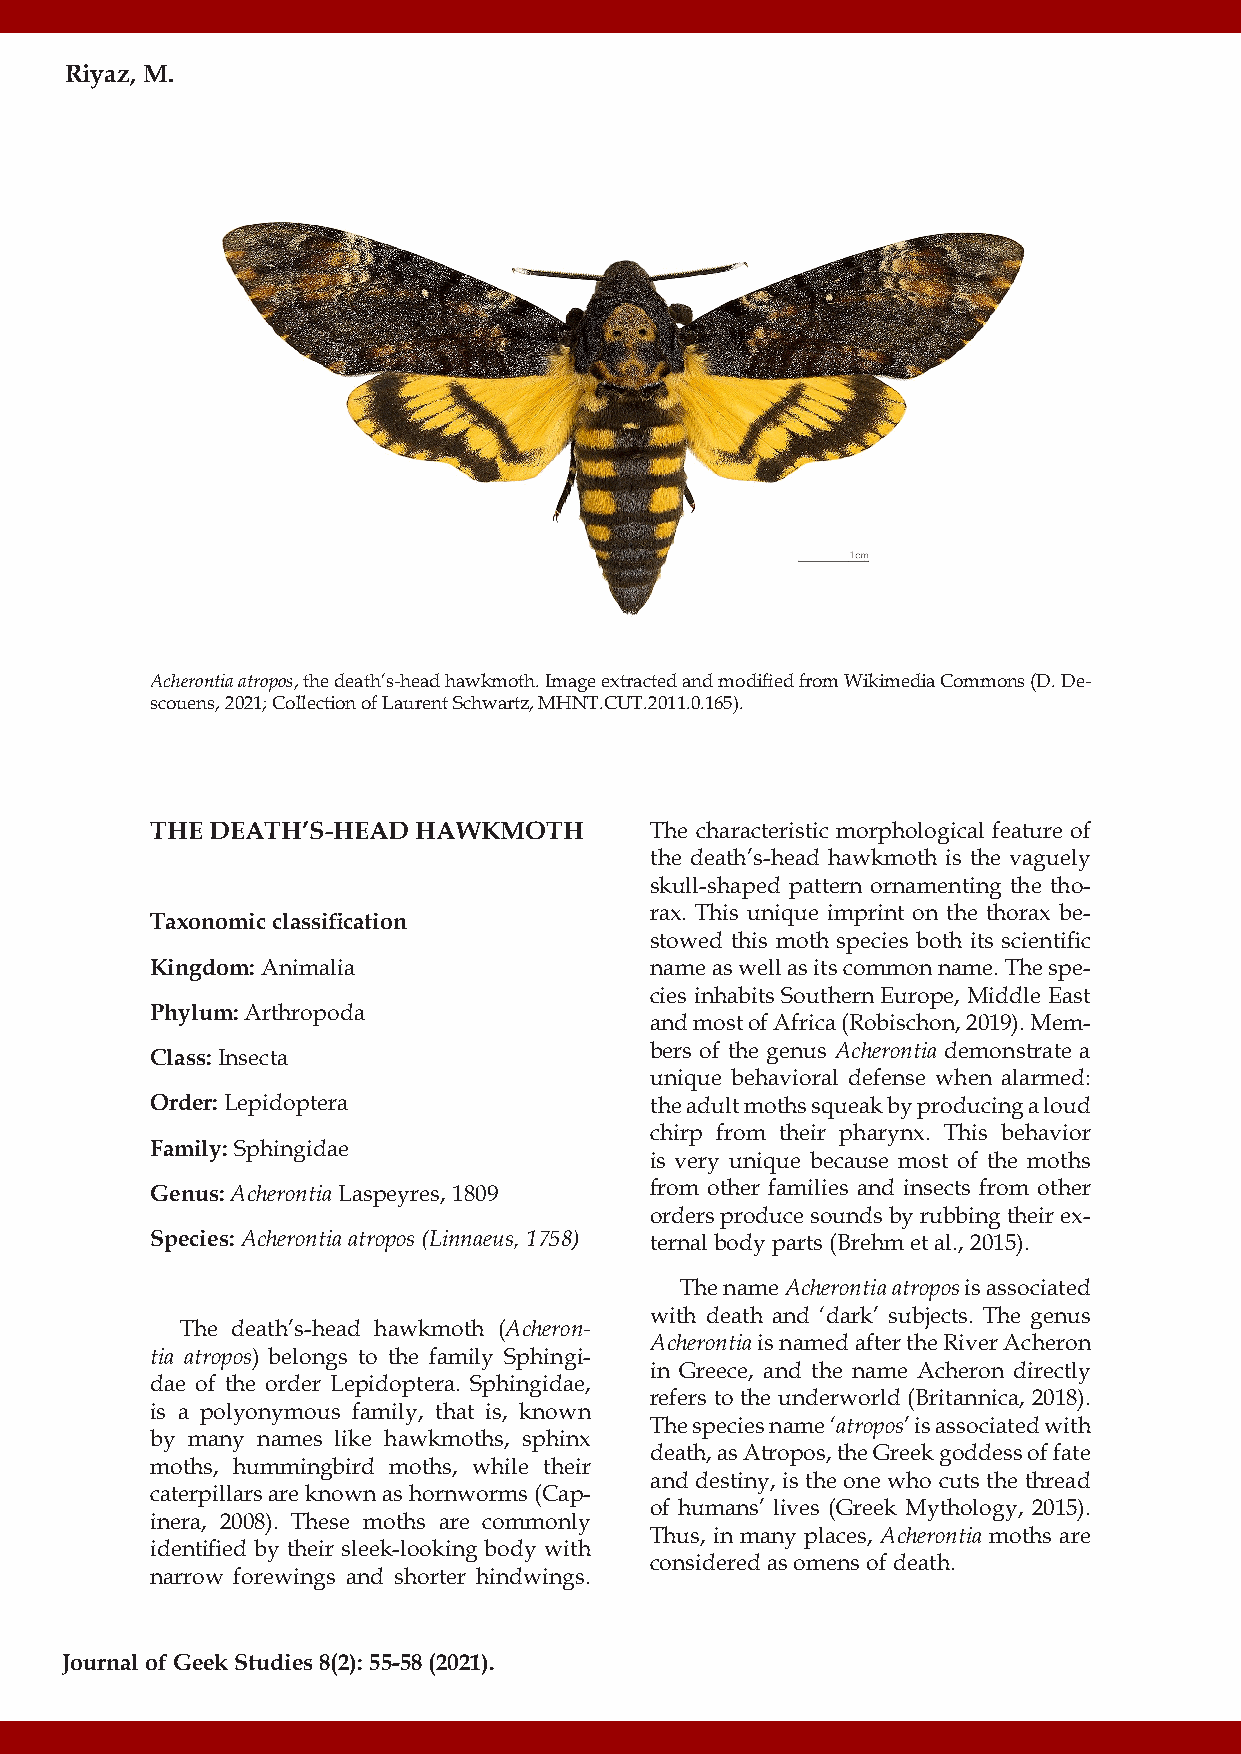
Riyaz, M.
 Acherontia atropos, the death’s-head hawkmoth. Image extracted and modified from Wikimedia Commons (D. De-
 scouens, 2021; Collection of Laurent Schwartz, MHNT.CUT.2011.0.165).
 THE DEATH’S-HEAD HAWKMOTH        The characteristic morphological feature of
 the death’s-head hawkmoth is the vaguely
 skull-shaped pattern ornamenting the tho-
 rax. This unique imprint on the thorax be-
 Taxonomic classification
 stowed this moth species both its scientific
 Kingdom: Animalia                name as well as its common name. The spe-
 cies inhabits Southern Europe, Middle East
 Phylum: Arthropoda
 and most of Africa (Robischon, 2019). Mem-
 bers of the genus Acherontia demonstrate a
 Class: Insecta
 unique behavioral defense when alarmed:
 Order: Lepidoptera               the adult moths squeak by producing a loud
 chirp from their pharynx. This behavior
 Family: Sphingidae
 is very unique because most of the moths
 Genus: Acherontia Laspeyres, 1809 from other families and insects from other
 orders produce sounds by rubbing their ex-
 Species: Acherontia atropos (Linnaeus, 1758) ternal body parts (Brehm et al., 2015).
 The name Acherontia atropos is associated
 with death and ‘dark’ subjects. The genus
 The death’s-head hawkmoth (Acheron-
 Acherontia is named after the River Acheron
 tia atropos) belongs to the family Sphingi-
 in Greece, and the name Acheron directly
 dae of the order Lepidoptera. Sphingidae,
 refers to the underworld (Britannica, 2018).
 is a polyonymous family, that is, known
 The species name ‘atropos’ is associated with
 by many names like hawkmoths, sphinx
 death, as Atropos, the Greek goddess of fate
 moths, hummingbird moths, while their
 and destiny, is the one who cuts the thread
 caterpillars are known as hornworms (Cap-
 of humans’ lives (Greek Mythology, 2015).
 inera, 2008). These moths are commonly
 Thus, in many places, Acherontia moths are
 identified by their sleek-looking body with
 considered as omens of death.
 narrow forewings and shorter hindwings.
 Journal of Geek Studies 8(2): 55-58 (2021).